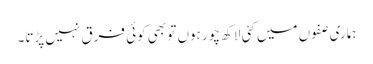
ہماری صفوں میں کئی لاکھ چور ہوں تو بھی کوئی فرق نہیں پڑتا۔